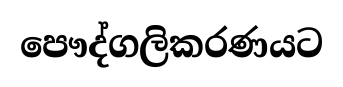
පෞද්ගලිකරණයට